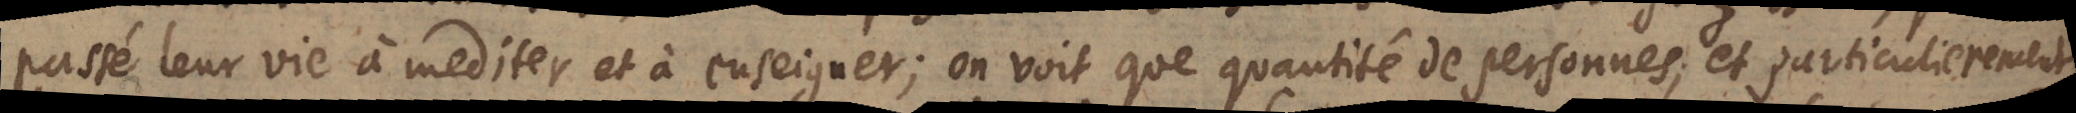
passé leur vie à mediter et à enseigner; on voit que quantité de personnes,et particulierement